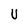
Character: v